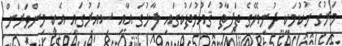
މަރުގެ ހުކުމަކީ ދުނިޔޭގެ ތަފާތު ޤައުމުތަކުގައި ފާޅުގަ އާއި ސިއްރުގައި އެކި މިންވަރަށް